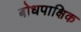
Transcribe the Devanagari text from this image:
बोधपाक्षिक